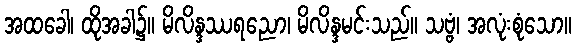
အထခေါ၊ ထိုအခါ၌။ မိလိန္ဒဿရညော၊ မိလိန္ဒမင်းသည်။ သဗ္ဗံ၊ အလုံးစုံသော။